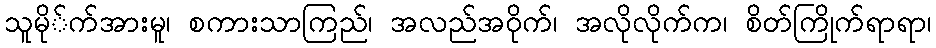
သူမို်က်အားမူ၊ စကားသာကြည်၊ အလည်အဝိုက်၊ အလိုလိုက်က၊ စိတ်ကြိုက်ရာရာ၊